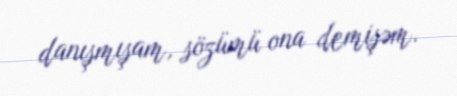
danışmışam, sözümü ona demişəm.